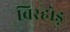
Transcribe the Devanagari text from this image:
बिरहोड़